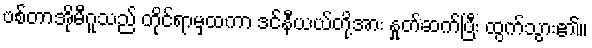
ဗစ်တာအိုမီဂူသည် တိုင်ရာမှထကာ ဒင်နီယယ်တို့အား နှုတ်ဆက်ပြီး ထွက်သွား၏။